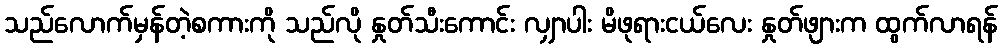
သည်လောက်မှန်တဲ့စကားကို သည်လို နှုတ်သီးကောင်း လျှာပါး မိဖုရားငယ်လေး နှုတ်ဖျားက ထွက်လာရန်